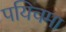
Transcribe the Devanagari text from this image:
पयिचमा